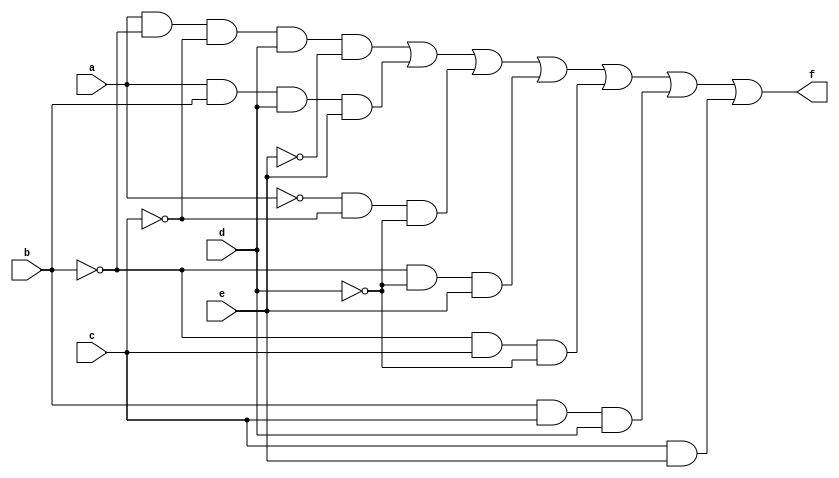
module circuito (f, a, b, c, d, e);
 output f;
 input a, b, c, d, e;
 wire s0, s1, s2, s3, s4, s5, s6, s7, s8, s9, s10, s11;
 
 not NOT1 (s0, a);
 not NOT2 (s1, b);
 not NOT3 (s2, c);
 not NOT4 (s3, d);
 not NOT5 (s4, e);
 and AND1 (s5, a, s1, s2, d, s4);
 and AND2 (s6, a, b, d, e);
 and AND3 (s7, s0, s2, s3);
 and AND4 (s8, s1, s3, e);
 and AND5 (s9, s1, c, s3);
 and AND6 (s10, b, c, d);
 and AND7 (s11, c, e);
 or OR1 (f, s5, s6, s7, s8, s9, s10, s11);
 
endmodule

module testcircuito;
 reg a, b, c, d, e;
 wire f;
 
 circuito CIRC1 (f, a, b, c, d, e);
 
 initial begin
      $display("Exemplo 03 - Braulio Lima e Andrade - 380749");
      $display("Test Circuito Logico para Funcao com Quine-McCluskey");
      $display("\n a  b  c  d  e =  f");
		$monitor(" %b  %b  %b  %b  %b =  %b", a, b, c, d, e, f);
	#1 a=0; b=0; c=0; d=0; e=0;
	#1 a=0; b=0; c=0; d=0; e=1;
	#1 a=0; b=0; c=0; d=1; e=0;
	#1 a=0; b=0; c=0; d=1; e=1;
	#1 a=0; b=0; c=1; d=0; e=0;
	#1 a=0; b=0; c=1; d=0; e=1;
	#1 a=0; b=0; c=1; d=1; e=0;
	#1 a=0; b=0; c=1; d=1; e=1;
	#1 a=0; b=1; c=0; d=0; e=0;
	#1 a=0; b=1; c=0; d=0; e=1;
	#1 a=0; b=1; c=0; d=1; e=0;
	#1 a=0; b=1; c=0; d=1; e=1;
	#1 a=0; b=1; c=1; d=0; e=0;
	#1 a=0; b=1; c=1; d=0; e=1;
	#1 a=0; b=1; c=1; d=1; e=0;
	#1 a=0; b=1; c=1; d=1; e=1;
	#1 a=1; b=0; c=0; d=0; e=0;
	#1 a=1; b=0; c=0; d=0; e=1;
	#1 a=1; b=0; c=0; d=1; e=0;
	#1 a=1; b=0; c=0; d=1; e=1;
	#1 a=1; b=0; c=1; d=0; e=0;
	#1 a=1; b=0; c=1; d=0; e=1;
	#1 a=1; b=0; c=1; d=1; e=0;
	#1 a=1; b=0; c=1; d=1; e=1;
	#1 a=1; b=1; c=0; d=0; e=0;
	#1 a=1; b=1; c=0; d=0; e=1;
	#1 a=1; b=1; c=0; d=1; e=0;
	#1 a=1; b=1; c=0; d=1; e=1;
	#1 a=1; b=1; c=1; d=0; e=0;
	#1 a=1; b=1; c=1; d=0; e=1;
	#1 a=1; b=1; c=1; d=1; e=0;
	#1 a=1; b=1; c=1; d=1; e=1;
	
 end
 
endmodule